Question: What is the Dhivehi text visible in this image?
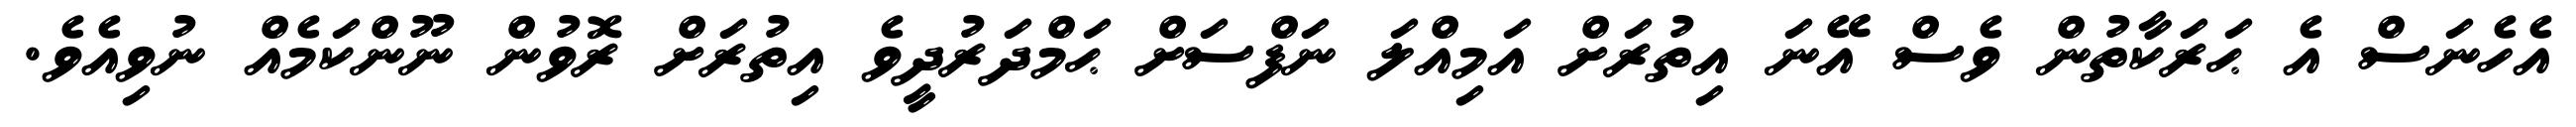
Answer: އެހެނަސް އެ ޙަރަކާތުން ވެސް އޭނަ އިތުރަށް އަމިއްލަ ނަފްސަށް ޙަމްދަރުދީވެ އިތުރަށް ރޮވުން ނޫންކަމެއް ނުވިއެވެ.